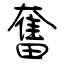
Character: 奮